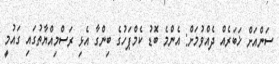
ސަންއަށް ޚަބަރެއް ދެއްވުމަށް: އެންމެ ބޮޑު ކެމްޕަހުގެ ބިންގާ އެޅި ރަސްމިއްޔާތުގައި ގައުމީ